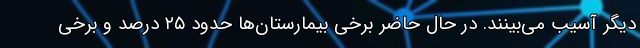
دیگر آسیب می‌بینند. در حال حاضر برخی بیمارستان‌ها حدود ۲۵ درصد و برخی